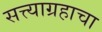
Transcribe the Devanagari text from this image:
सत्त्याग्रहाचा